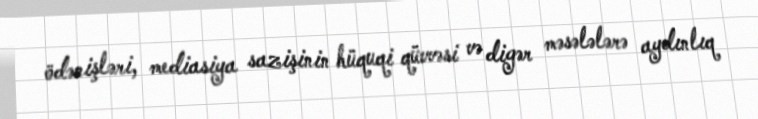
ödənişləri, mediasiya sazişinin hüquqi qüvvəsi və digər məsələlərə aydınlıq